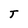
Character: T